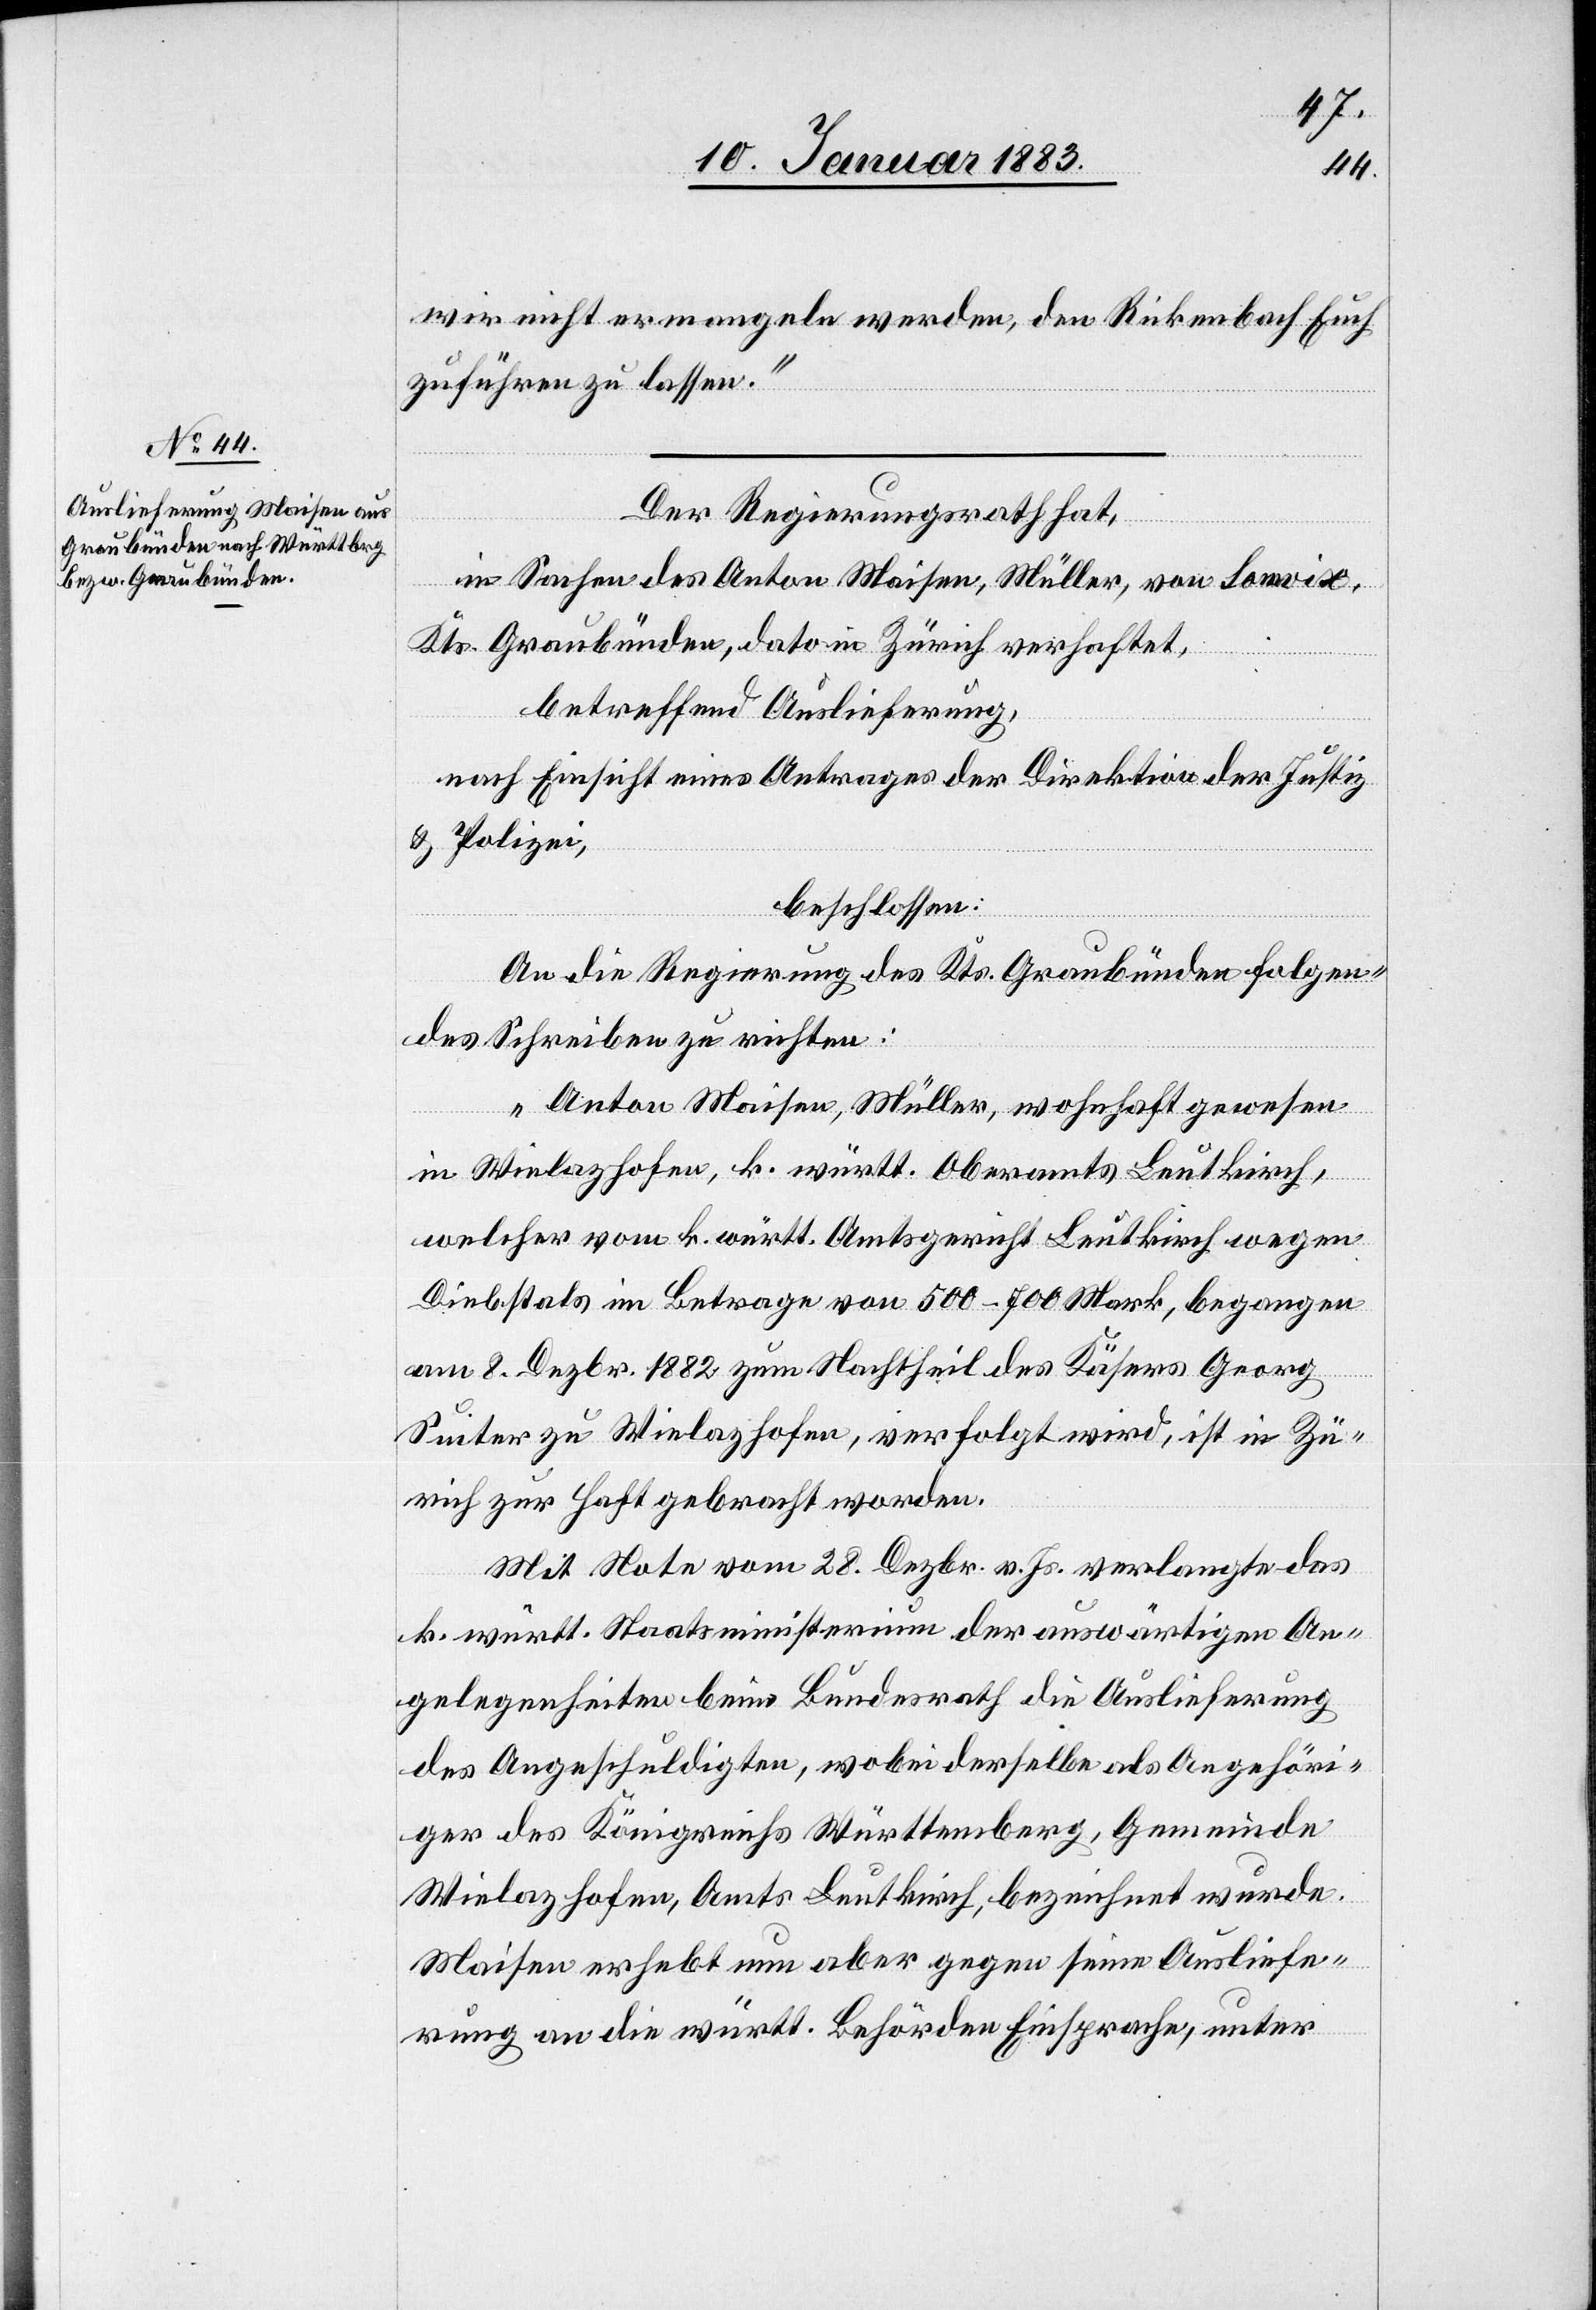
wir nicht ermangeln werden, den Rickenbach Euch
zuführen zu lassen.“
Der Regierungsrath hat,
in Sachen des Anton Maisen, Müller, von Somvix,
Kts. Graubünden, dato in Zürich verhaftet,
betreffend Auslieferung,
nach Einsicht eines Antrages der Direktion der Justiz
& Polizei,
beschlossen:
An die Regierung des Kts. Graubünden folgen¬
des Schreiben zu richten:
„Anton Maisen, Müller, wohnhaft gewesen
in Wielazhofen, k. württ. Oberamts Leutkirch,
welcher vom k. württ. Amtsgericht Leutkirch wegen
Diebstals im Betrage von 500–700 Mark, begangen
am 8. Dezbr. 1882 zum Nachtheil des Küfers Georg
Suiter zu Wielazhofen, verfolgt wird, ist in Zü¬
rich zur Haft gebracht worden.
Mit Note vom 28. Dezbr. v. Js. verlangte das
k. württ. Staatsministerium der auswärtigen An¬
gelegenheiten beim Bundesrath die Auslieferung
des Angeschuldigten, wobei derselbe als Angehöri¬
ger des Königreichs Württemberg, Gemeinde
Wielazhofen, Amts Leutkirch, bezeichnet wurde.
Maisen erhebt nun aber gegen seine Ausliefe¬
rung an die württ. Behörden Einsprache, unter